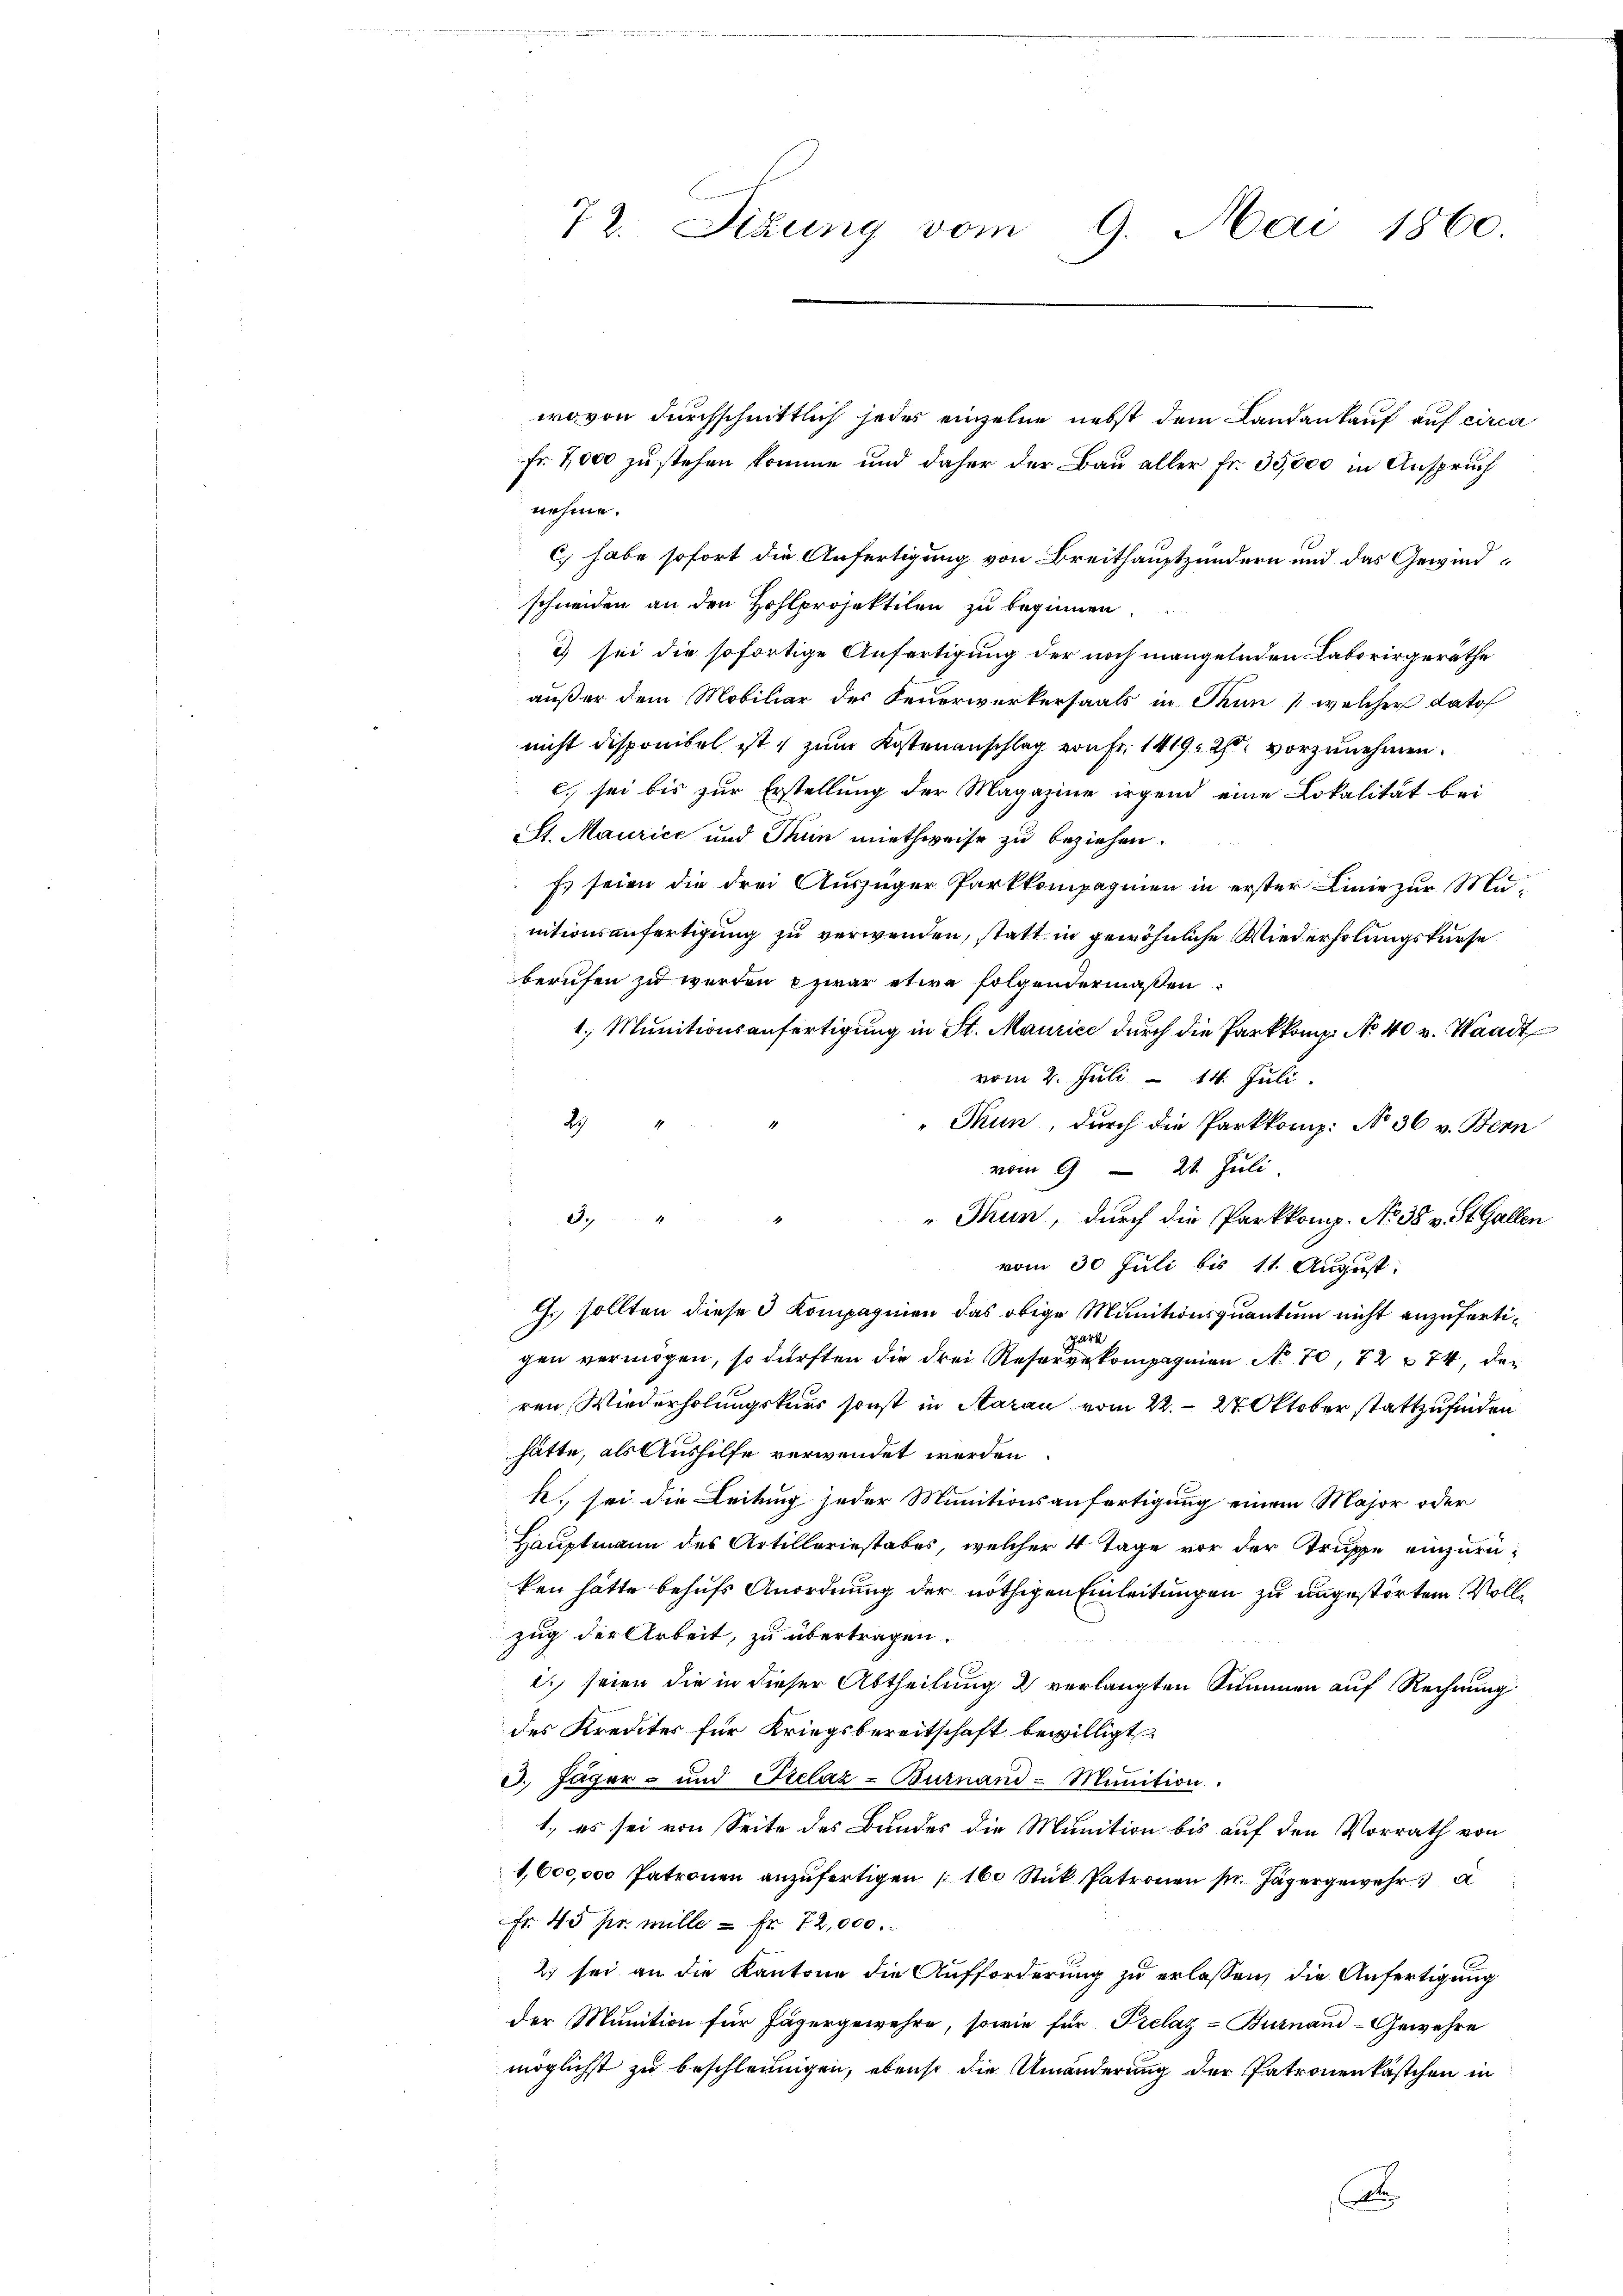
72. Sizung vom 9. Mai 1860.

wovon durchschnittlich jedes einzelne nebst dem Landankauf auf circa
Fr. 7000 zu stehen komme und daher der Bau aller Fr. 35,000 in Anspruch
nehme.
C) habe sofort die Anfertigung von Breithauptzündern und das Gewindschneiden an den Hohlprojektilen zu beginnen.
2) sei die sofortige Anfertigung der noch mangelnden Laborirgeräthe
außer dem Mobiliar des Feuerwerkersaals in Thun (welcher datof
nicht disponibel ist, zum Kostenanschlag von Fr. 1419. 27. vorzunehmen.
C. sei bis zur Erstellung der Magazine irgend eine Lokalität bei
St. Maurice und Thun miethweise zu beziehen.
Es seien die drei Auszüger Parkkompagnien in erster Linie zur Munitionsanfertigung zu verwenden, statt in gewöhnliche Wiederholungskurse
berufen zu werden zwar etwa folgendermaßen.
1., Munitionsanfertigung in St. Maurice durch die Parkkomp: No 40 v. Waadt
vom 2. Juli - 14. Juli.
2
"Thun, durch die Parkkomp: No 36 v. Bern
vom 9 21. Juli

"Thun, durch die Parkkomp. No 38 v. St. Gallen
vom 30 Juli bis 11. August.
G. sollten diese 3 Kompagnien das obige Munitionsquantum nicht anzufertipark
gen vermögen, so dürften die drei Reserverkompagnien No 70, 72 x 74, der
ren Wiederholungskurs sonst in Aarau vom 22. 27 Oktober stattzufinden
hätte, als Aushilfe verwendet werden.
k. sei die Leitung jeder Munitionsanfertigung einem Major oder
Hauptmann des Artilleriestabes, welcher 4 Tage vor der Truppe einzurüken hätte behufs Anordnung der nöthigen Einleitungen zu ungestörten Vollzug der Arbeit, zu übertragen.
i. seien die in dieser Abtheilung 2 verlangten Summen auf Rechnung
des Kredites für Kriegsbereitschaft bewilligt
3. Jäger- und Gelaz-Burnand Munition.
1., es sei von Seite des Bundes die Munition bis auf den Vorrath von
1,600,000 Patronen anzŭfertigen (160 Stük Patronen pr. Jägergewehr
Fr. 45 pr. mille - Fr. 72,000.
2 sei an die Kantone die Aufforderung zu erlassen, die Anfertigung
der Munition für Jägergewehre, sowie für Prelaz-Burnand-Gewehre
möglichst zu beschleunigen, ebenso die Umänderung der Patronenkästchen in
A